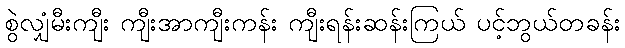
စွဲလျှံမီးကျီး ကျီးအာကျီးကန်း ကျီးရန်းဆန်းကြယ် ပင့်ဘွယ်တခန်း